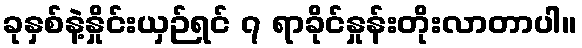
ခုနှစ်နဲ့နှိုင်းယှဉ်ရင် ၇ ရာခိုင်နှုန်းတိုးလာတာပါ။